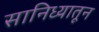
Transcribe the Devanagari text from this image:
सानिध्यातून